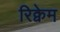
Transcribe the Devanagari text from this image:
रिक्वेम